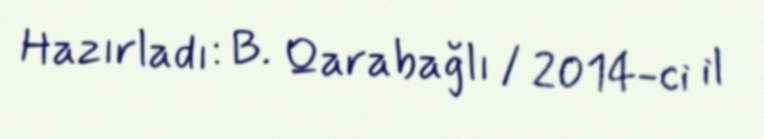
Hazırladı: B. Qarabağlı / 2014-ci il